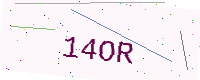
Text: 14OR